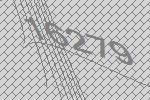
16279